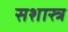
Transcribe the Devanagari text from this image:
सशास्त्र